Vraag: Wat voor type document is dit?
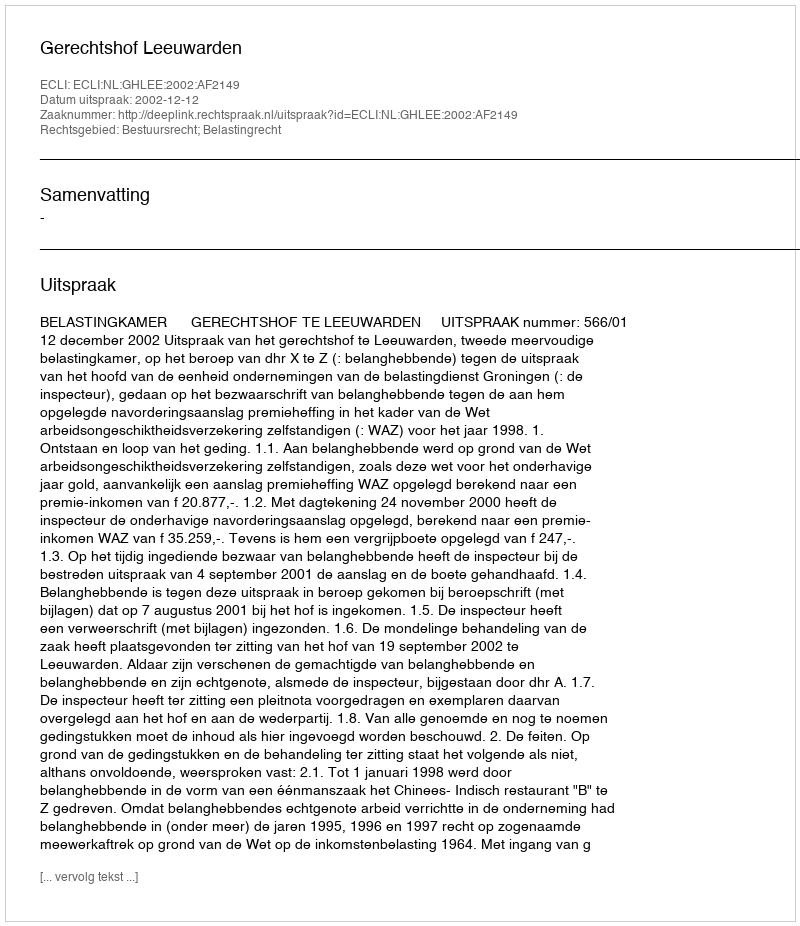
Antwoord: Uitspraak